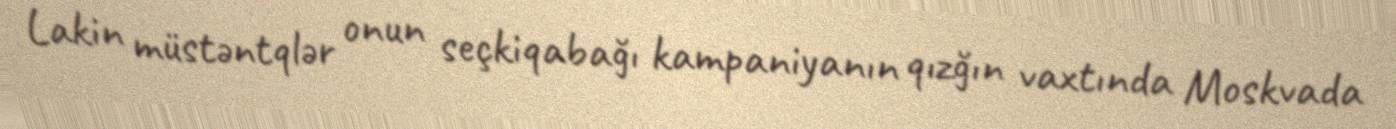
Lakin müstəntqlər onun seçkiqabağı kampaniyanın qızğın vaxtında Moskvada